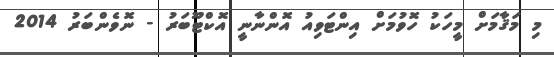
މި މަޤާމަށް މީހަކު ހޮވުމަށް އިންޓަވިއު އޮންނާނީ އޮކްޓޫބަރު - ނޮވެންބަރު 2014